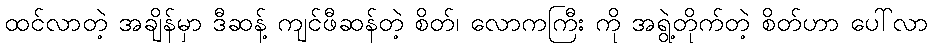
ထင်လာတဲ့ အချိန်မှာ ဒီဆန့် ကျင်ဖီဆန်တဲ့ စိတ်၊ လောကကြီး ကို အရွဲ့တိုက်တဲ့ စိတ်ဟာ ပေါ်လာ